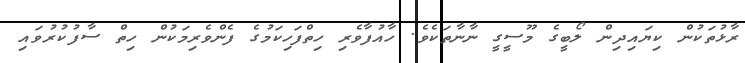
ރާޅުތަކުން ކިޔައިދިން ލޯބީގެ މޫސީގީ ނާނާތަކެވެ. ހާއުފާވެރި ހިތްފަހިކަމުގެ ފެންވެރިމަކުން ހިތް ސާފުކުރުވައި